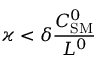
\varkappa < \delta \frac { C _ { \mathrm { S M } } ^ { 0 } } { L ^ { 0 } }